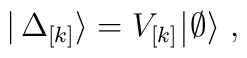
|\, \Delta_{\lbrack k\rbrack} \rangle=  V_{\lbrack k\rbrack}\,\vline \,\emptyset\rangle~,